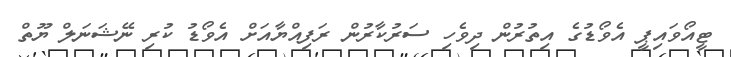
ޓީއޯވައިޕީ އެވޯޑުގެ އިތުރުން ދިވެހި ސަރުކާރުން ރަފިއްޔާއަށް އެވޯޑު ކުރި ނޭޝަނަލް ޔޫތް